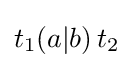
t_{1}(a|b)\,t_{2}